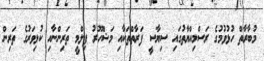
މުބާރާތް ހުޅުވުމުގެ ރަސްމިއްޔާތުގައި ސިޔާސީ ފަރާތްތަކާއި މަޝްހޫރު ފިލްމީ ތަރިންނާއި ކުޅިވަރުގެ ތަރިން